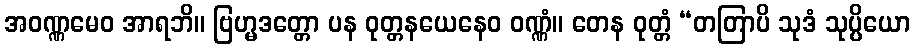
အဝဏ္ဏမေဝ အာရဘိ။ ဗြဟ္မဒတ္တော ပန ဝုတ္တနယေနေဝ ဝဏ္ဏံ။ တေန ဝုတ္တံ “တတြာပိ သုဒံ သုပ္ပိယော